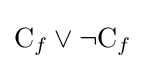
{\mathrm {C} _{f}}\lor \neg {\mathrm {C} _{f}}